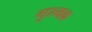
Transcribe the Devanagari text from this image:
गुल्मक